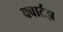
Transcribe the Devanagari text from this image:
क्वार्टझ